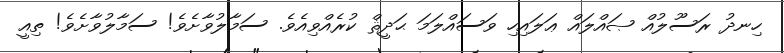
ހިނދު ރަސޫލުއް ޞައްލައް ޢަލައިހި ވަސައްލަމަ ޙަދީޘް ކުރެއްވިއެވެ. ސަމާލުވާށެވެ! ސަމާލުވާށެވެ! ތިއީ